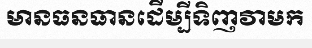
មានធនធានដើម្បីទិញវាមក